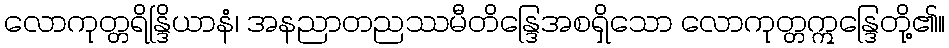
လောကုတ္တရိန္ဒြိယာနံ၊ အနညာတညဿမီတိန္ဒြေအစရှိသော လောကုတ္တဣန္ဒြေတို့၏။